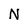
Character: N